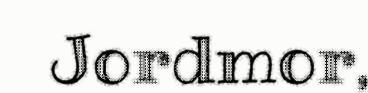
Jordmor,